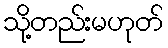
သို့တည်းမဟုတ်